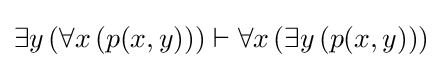
\exists y\left(\forall x\left(p(x,y)\right)\right)\vdash \forall x\left(\exists y\left(p(x,y)\right)\right)